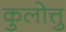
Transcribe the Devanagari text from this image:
कुलोत्तु